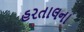
હરતાલના